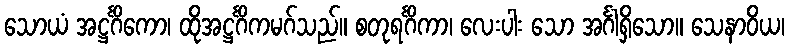
သောယံ အဋ္ဌင်္ဂိကော၊ ထိုအဋ္ဌင်္ဂိကမဂ်သည်။ စတုရင်္ဂိကာ၊ လေးပါး သော အင်္ဂါရှိသော။ သေနာဝိယ၊